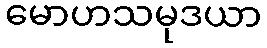
မောဟသမုဒယာ